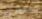
السمع